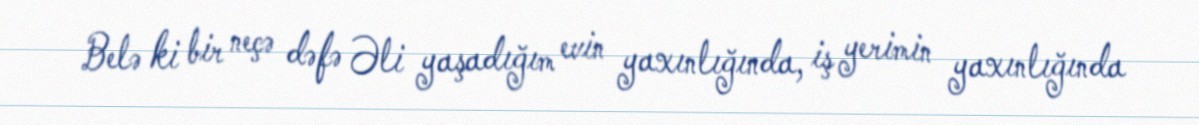
Belə ki bir neçə dəfə Əli yaşadığım evin yaxınlığında, iş yerimin yaxınlığında